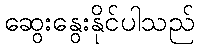
ဆွေးနွေးနိုင်ပါသည်